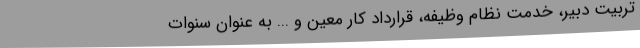
تربیت دبیر، خدمت نظام وظیفه، قرارداد کار معین و ... به عنوان سنوات